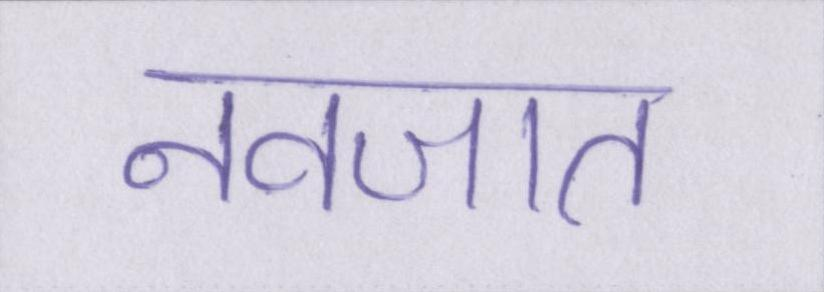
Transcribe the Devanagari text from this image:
नवजात